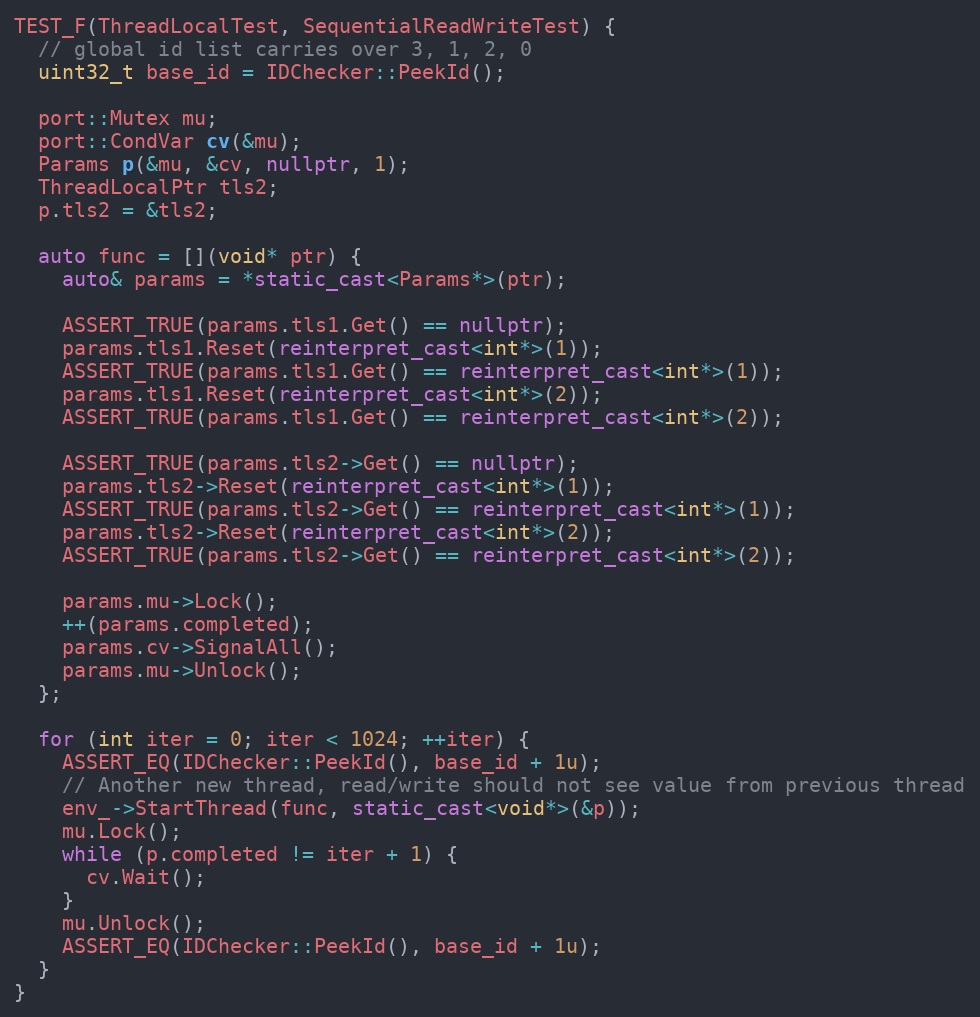
Language: C++
TEST_F(ThreadLocalTest, SequentialReadWriteTest) {
  // global id list carries over 3, 1, 2, 0
  uint32_t base_id = IDChecker::PeekId();

  port::Mutex mu;
  port::CondVar cv(&mu);
  Params p(&mu, &cv, nullptr, 1);
  ThreadLocalPtr tls2;
  p.tls2 = &tls2;

  auto func = [](void* ptr) {
    auto& params = *static_cast<Params*>(ptr);

    ASSERT_TRUE(params.tls1.Get() == nullptr);
    params.tls1.Reset(reinterpret_cast<int*>(1));
    ASSERT_TRUE(params.tls1.Get() == reinterpret_cast<int*>(1));
    params.tls1.Reset(reinterpret_cast<int*>(2));
    ASSERT_TRUE(params.tls1.Get() == reinterpret_cast<int*>(2));

    ASSERT_TRUE(params.tls2->Get() == nullptr);
    params.tls2->Reset(reinterpret_cast<int*>(1));
    ASSERT_TRUE(params.tls2->Get() == reinterpret_cast<int*>(1));
    params.tls2->Reset(reinterpret_cast<int*>(2));
    ASSERT_TRUE(params.tls2->Get() == reinterpret_cast<int*>(2));

    params.mu->Lock();
    ++(params.completed);
    params.cv->SignalAll();
    params.mu->Unlock();
  };

  for (int iter = 0; iter < 1024; ++iter) {
    ASSERT_EQ(IDChecker::PeekId(), base_id + 1u);
    // Another new thread, read/write should not see value from previous thread
    env_->StartThread(func, static_cast<void*>(&p));
    mu.Lock();
    while (p.completed != iter + 1) {
      cv.Wait();
    }
    mu.Unlock();
    ASSERT_EQ(IDChecker::PeekId(), base_id + 1u);
  }
}